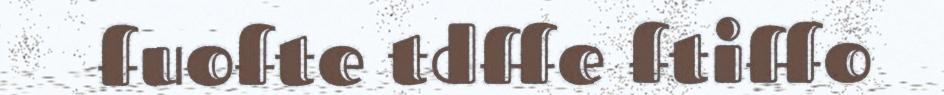
fuofte tdffe ftiffo